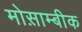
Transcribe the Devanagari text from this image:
मोस़ाम्बीक